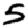
Digit: 5